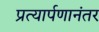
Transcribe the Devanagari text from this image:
प्रत्यार्पणानंतर